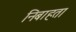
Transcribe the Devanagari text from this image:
निबाहता